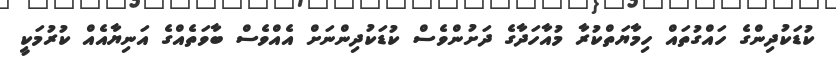
ކުޑަކުދިންގެ ހައްގުތައް ހިމާޔަތްކުރާ މުއާހަދާގެ ދަށުންވެސް ކުޑަކުދިންނަށް އެއްވެސް ބާވަތެއްގެ އަނިޔާއެއް ކުރުމަކީ